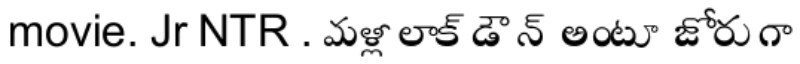
movie. Jr NTR . మళ్లీ లాక్ డౌన్ అంటూ జోరుగా